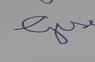
Signature authenticity: forged